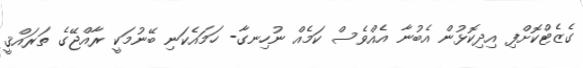
ގެޒެޓްކޮށްފި އިދިކޮޅުން އެބުނާ އެއްވެސް ކަމެއް ނުހިނގާ- ހަމައެކަނި ބޭނުމަކީ ރާއްޖޭގެ ތަރައްޤީ